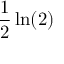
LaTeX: { \frac { 1 } { 2 } } \ln ( 2 )